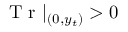
\mathrm { ~ T ~ r ~ } | _ { ( 0 , y _ { t } ) } > 0